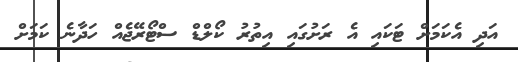
އަދި އެކަމަށް ޓަކައި އެ ރަށުގައި އިތުރު ކޯލްޑް ސްޓޯރޭޖެއް ހަދާނެ ކަމަށް